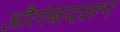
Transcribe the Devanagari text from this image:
औरंगबादवरून